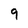
Character: 9